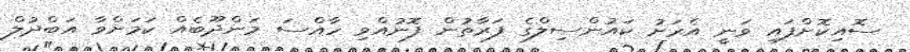
ސޮއިކޮށްފައި ވަނީ އެރަށު ކައުންސިލްގެ ފަރާތުން ފޮނުއްވި ހާއްސަ މަންދޫބެއް ކަމަށްވާ އަބްދުލް